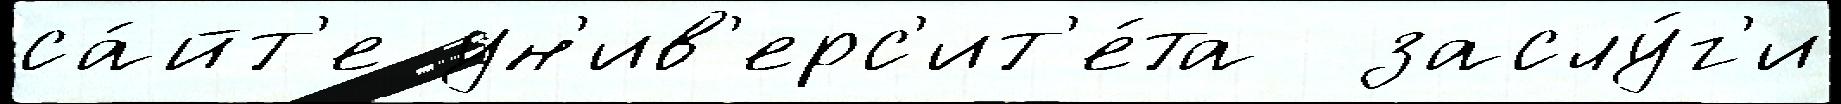
са́йт'е ун'ив'ерс'ит'е́та  заслу́г'и